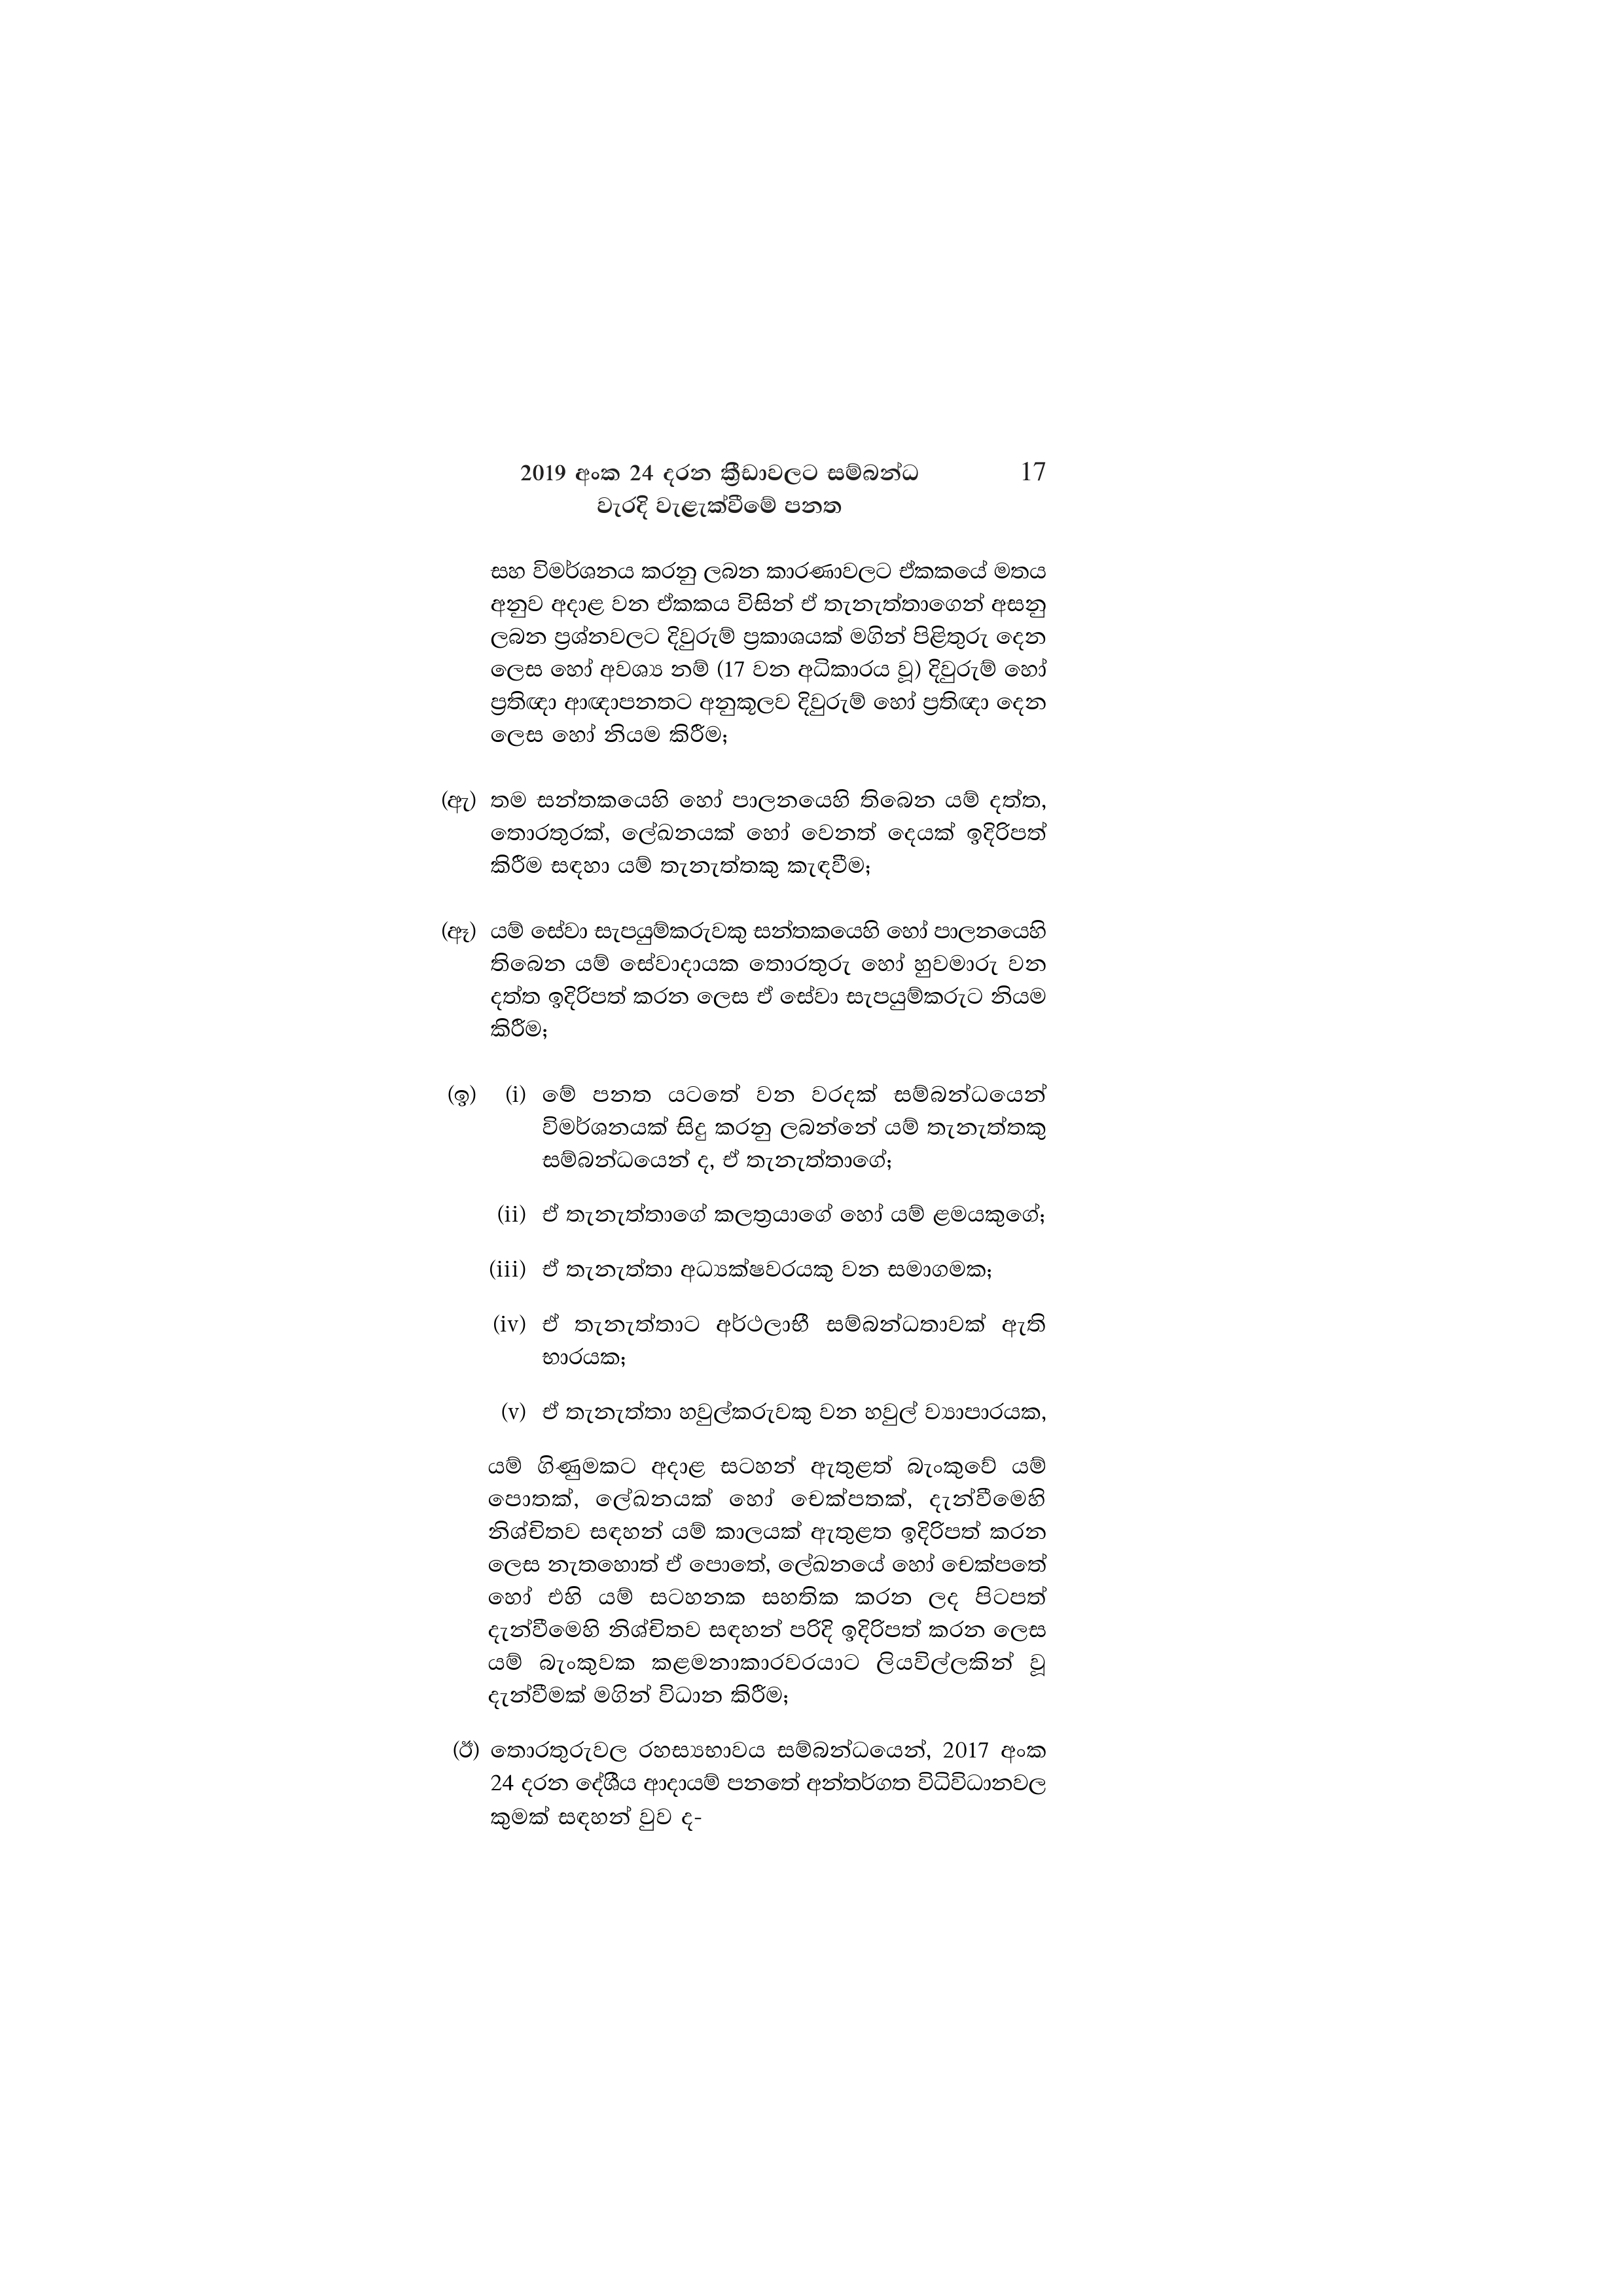
2019 අංක 24 දරන ක්‍රීඩාවලට සම්බන්ධ 17
වැරදි වැළැක්වීමේ පනත

සහ විමර්ශනය කරනු ලබන කාරණාවලට ඒකකයේ මතය
අනුව අදාළ වන ඒකකය විසින් ඒ තැනැත්තාගෙන් අසනු
ලබන ප්‍රශ්නවලට දිවුරුම් ප්‍රකාශයක් මගින් පිළිතුරු දෙන
ලෙස හෝ අවශ්‍ය නම් (17 වන අධිකාරය වූ) දිවුරුම් හෝ
ප්‍රතිඥා ආඥාපනතට අනුකූලව දිවුරුම් හෝ ප්‍රතිඥා දෙන
ලෙස හෝ නියම කිරීම;

(ඇ) තම සන්තකයෙහි හෝ පාලනයෙහි තිබෙන යම් දත්ත,
තොරතුරක්, ලේඛනයක් හෝ වෙනත් දෙයක් ඉදිරිපත්
කිරීම සඳහා යම් තැනැත්තකු කැඳවීම;

(ඈ) යම් සේවා සැපයුම්කරුවකු සන්තකයෙහි හෝ පාලනයෙහි
තිබෙන යම් සේවාදායක තොරතුරු හෝ හුවමාරු වන
දත්ත ඉදිරිපත් කරන ලෙස ඒ සේවා සැපයුම්කරුට නියම
කිරීම;

(ඉ) (i) මේ පනත යටතේ වන වරදක් සම්බන්ධයෙන්
විමර්ශනයක් සිදු කරනු ලබන්නේ යම් තැනැත්තකු
සම්බන්ධයෙන් ද, ඒ තැනැත්තාගේ;

(ii) ඒ තැනැත්තාගේ කලත්‍රයාගේ හෝ යම් ළමයකුගේ;

(iii) ඒ තැනැත්තා අධ්‍යක්ෂවරයකු වන සමාගමක;

(iv) ඒ තැනැත්තාට අර්ථලාභී සම්බන්ධතාවක් ඇති
භාරයක;

(v) ඒ තැනැත්තා හවුල්කරුවකු වන හවුල් ව්‍යාපාරයක,

යම් ගිණුමකට අදාළ සටහන් ඇතුළත් බැංකුවේ යම්
පොතක්, ලේඛනයක් හෝ චෙක්පතක්, දැන්වීමෙහි
නිශ්චිතව සඳහන් යම් කාලයක් ඇතුළත ඉදිරිපත් කරන
ලෙස නැතහොත් ඒ පොතේ, ලේඛනයේ හෝ චෙක්පතේ
හෝ එහි යම් සටහනක සහතික කරන ලද පිටපත්
දැන්වීමෙහි නිශ්චිතව සඳහන් පරිදි ඉදිරිපත් කරන ලෙස
යම් බැංකුවක කළමනාකාරවරයාට ලියවිල්ලකින් වූ
දැන්වීමක් මගින් විධාන කිරීම;

(ඊ) තොරතුරුවල රහස්‍යභාවය සම්බන්ධයෙන්, 2017 අංක
24 දරන දේශීය ආදායම් පනතේ අන්තර්ගත විධිවිධානවල
කුමක් සඳහන් වුව ද-